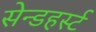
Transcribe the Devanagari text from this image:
सेन्डहर्स्ट